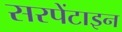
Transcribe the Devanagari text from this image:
सरपेंटाइन